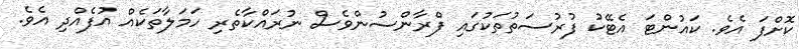
ކޮށްފަ އެވެ. ކައުންޓަ އެޓޭކު ފުރުސަތުތަކުގައި ފްރާންސުންވެސް ނުރައްކާތެރި ހަމަލާތަކެއް އުފެއްދި އެވެ.